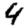
Digit: 4